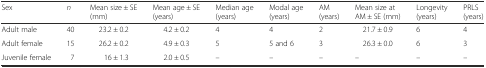
<table><thead><tr><td><b>Sex</b></td><td><b><i>n</i></b></td><td><b>Mean size ± SE (mm)</b></td><td><b>Mean age ± SE (years)</b></td><td><b>Median age (years)</b></td><td><b>Modal age (years)</b></td><td><b>AM (years)</b></td><td><b>Mean size at AM ± SE (mm)</b></td><td><b>Longevity (years)</b></td><td><b>PRLS (years)</b></td></tr></thead><tbody><tr><td>Adult male</td><td>40</td><td>23.2 ± 0.2</td><td>4.2 ± 0.2</td><td>4</td><td>4</td><td>2</td><td>21.7 ± 0.9</td><td>6</td><td>4</td></tr><tr><td>Adult female</td><td>15</td><td>26.2 ± 0.2</td><td>4.9 ± 0.3</td><td>5</td><td>5 and 6</td><td>3</td><td>26.3 ± 0.0</td><td>6</td><td>3</td></tr><tr><td>Juvenile female</td><td>7</td><td>16 ± 1.3</td><td>2.0 ± 0.5</td><td>–</td><td>–</td><td>–</td><td>–</td><td>–</td><td>–</td></tr></tbody></table>